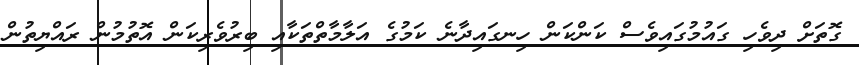
ގޮތަށް ދިވެހި ގައުމުގައިވެސް ކަންކަން ހިނގައިދާނެ ކަމުގެ އަލާމާތްތަކާއި ބިރުވެރިކަން އޮތުމުން ރައްޔިތުން